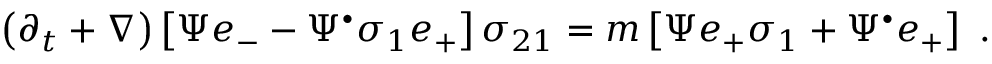
\left( \partial _ { t } + \nabla \right) \left[ \Psi e _ { - } - \Psi ^ { \bullet } \sigma _ { 1 } e _ { + } \right] \sigma _ { 2 1 } = m \left[ \Psi e _ { + } \sigma _ { 1 } + \Psi ^ { \bullet } e _ { + } \right] ~ .